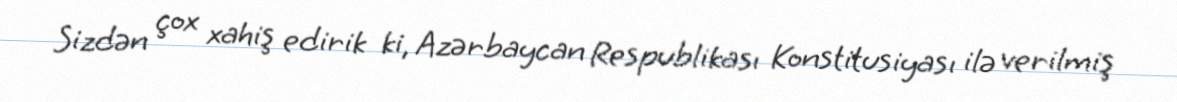
Sizdən çox xahiş edirik ki, Azərbaycan Respublikası Konstitusiyası ilə verilmiş